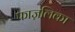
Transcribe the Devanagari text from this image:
फाज़लिका